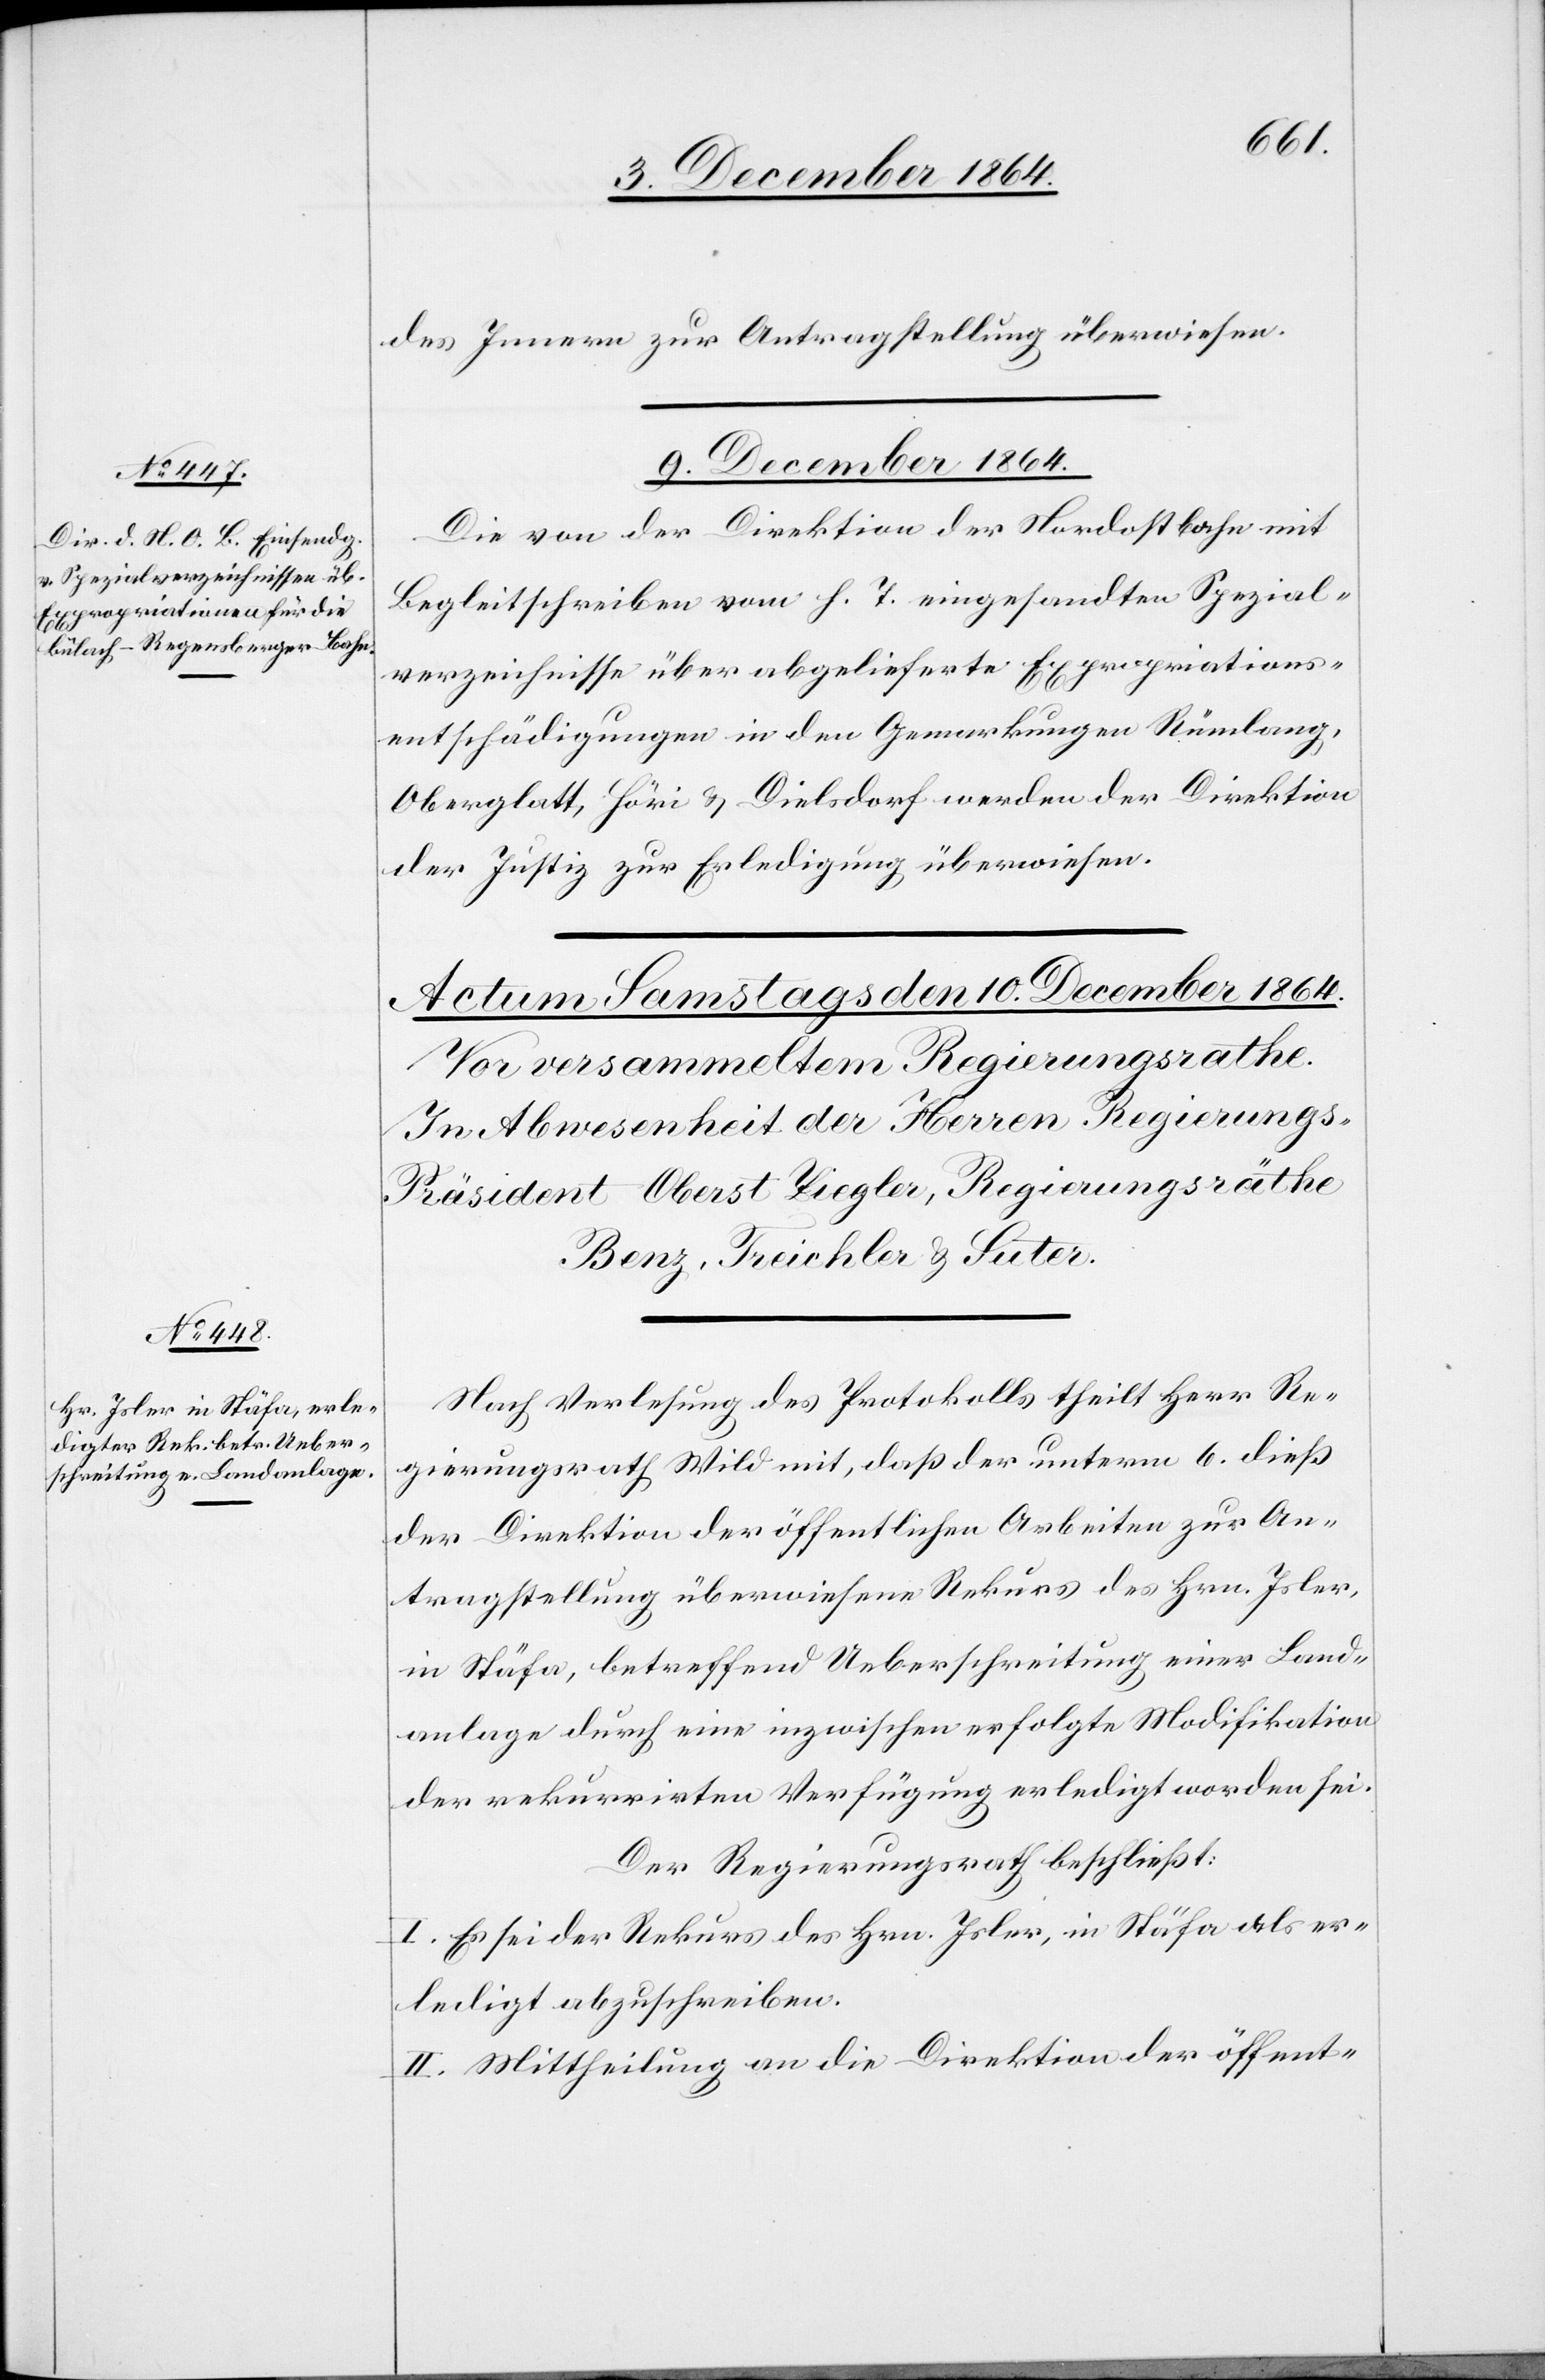
des Innern zur Antragstellung überwiesen.
9. December 1864.
Die von der Direktion der Nordostbahn mit
Begleitschreiben vom h. T. eingesandten Spezial¬
verzeichnisse über abgelieferte Expropriations¬
entschädigungen in den Gemarkungen Rümlang,
Oberglatt, Höri & Dielsdorf werden der Direktion
der Justiz zur Erledigung überwiesen.
Nach Verlesung des Protokolls theilt Herr Re¬
gierungsrath Wild mit, daß der unterm 6. dieß
der Direktion der öffentlichen Arbeiten zur An¬
tragstellung überwiesene Rekurs des Hrn. Isler,
in Stäfa, betreffend Ueberschreitung einer Land¬
anlage durch eine inzwischen erfolgte Modifikation
der rekurrirten Verfügung erledigt worden sei.
Der Regierungsrath beschließt:
I. Es sei der Rekurs des Hrn. Isler, in Stäfa als er¬
ledigt abzuschreiben.
II. Mittheilung an die Direktion der öffent-